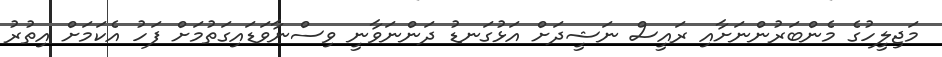
މަޖިލީހުގެ މެންބަރުންނަށާއި ރައީސް ނަޝީދަށް އަޅުގަނޑު ދަންނަވާނީ ވިސްނާވަޑައިގަތުމަށް ފަހު އެކަމަށް އިތުރު